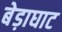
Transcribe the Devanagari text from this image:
बेड़ाघाट